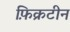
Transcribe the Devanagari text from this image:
फ़िक्रटीन